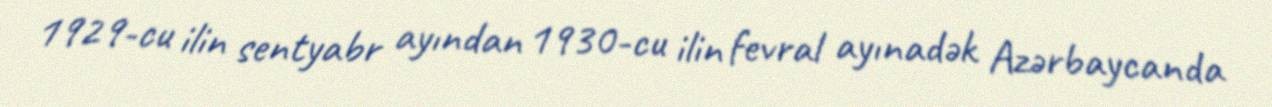
1929-cu ilin sentyabr ayından 1930-cu ilin fevral ayınadək Azərbaycanda